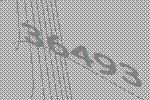
36493